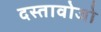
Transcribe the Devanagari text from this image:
दस्तावोजो